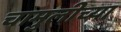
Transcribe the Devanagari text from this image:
चामुलीच्या